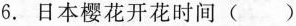
6.日本樱花开花时间()